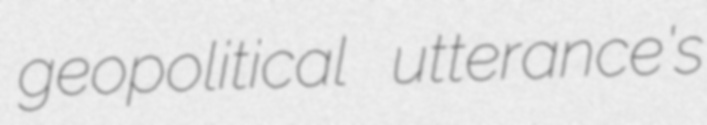
geopolitical utterance's